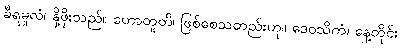
ခီရမူလံ၊ နို့ဖိုးသည်။ ဟောတူတိ၊ ဖြစ်စေသတည်းဟု။ ဒေဝသိကံ၊ နေ့တိုင်း